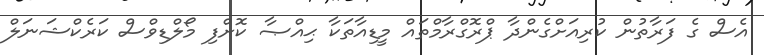
އެސް ގެ ފަރާތުން ކުރިއަށްގެންދާ ޕްރޮގްރާމްތައް މީޑިއާތަކާ ޙިއްޞާ ކޮށްފި މޯލްޑިވްސް ކަރެކްޝަނަލް